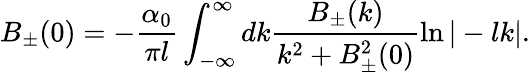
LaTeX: B_{\pm}(0)=-\frac{\alpha_{0}}{\pi l}\int_{-\infty}^{\infty}dk\frac{B_{\pm}(k)}{k^{2}+B_{\pm}^{2}(0)}\ln|-lk|.